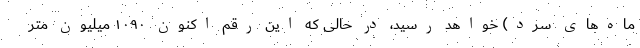
ماه‌های سرد) خواهد رسید، در حالی که این رقم اکنون ۱۰۹۰ میلیون متر